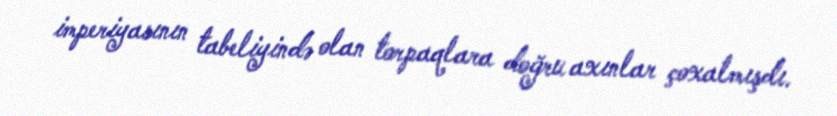
imperiyasının tabeliyində olan torpaqlara doğru axınlar çoxalmışdı.